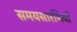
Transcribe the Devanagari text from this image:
समयसारणियाँ